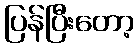
ပြန်ပြီးတော့